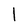
Character: l